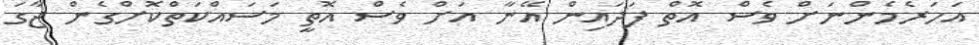
އަހަރެމެންނަށް ވެސް އޮތް ފަދައިން އޭނާ އަށް ވެސް އޮތީ މަސައްކަތްކޮށްގެން ޖާގަ